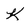
Character: K